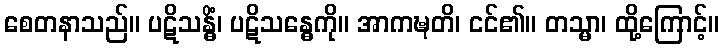
စေတနာသည်။ ပဋိသန္ဓိံ၊ ပဋိသန္ဓေကို။ အာကဍ္ဎတိ၊ ငင်၏။ တသ္မာ၊ ထို့ကြောင့်။